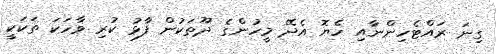
ގިނަ ރައްޓެހިންނާއި ހެޔޮ އެދޭ މީހުންގެ ދޫތަކުން ފާޅު ކުރި ވާހަކަ ތަކަކީ